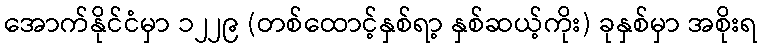
အောက်နိုင်ငံမှာ ၁၂၂၉ (တစ်ထောင့်နှစ်ရာ့ နှစ်ဆယ့်ကိုး) ခုနှစ်မှာ အစိုးရ